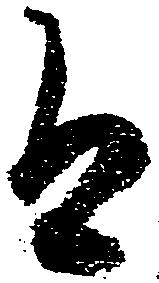
有